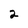
Character: 2